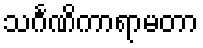
သင်္ဂဏိကာရာမတာ